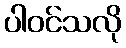
ပါဝင်သလို